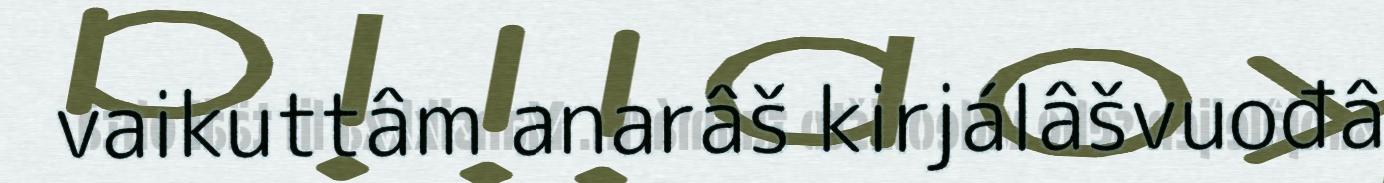
vaikuttâm anarâš kirjálâšvuođâ